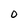
Character: D